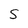
Character: S